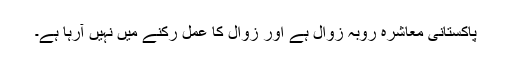
پاکستانی معاشرہ روبہ زوال ہے اور زوال کا عمل رکنے میں نہیں آرہا ہے۔